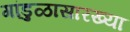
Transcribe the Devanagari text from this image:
गांडुळासारख्या